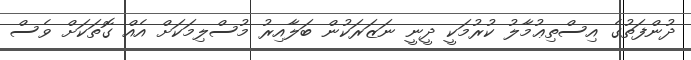
ދުންފަތުގެ އިސްތިޢުމާލު ކުރުމަކީ ދީނީ ނަޒަރަކުން ބަލާއިރު މުސްލިމަކަށް އެއް ގޮތަކަށް ވެސް